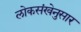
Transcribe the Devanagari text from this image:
लोकसंखेनुसार